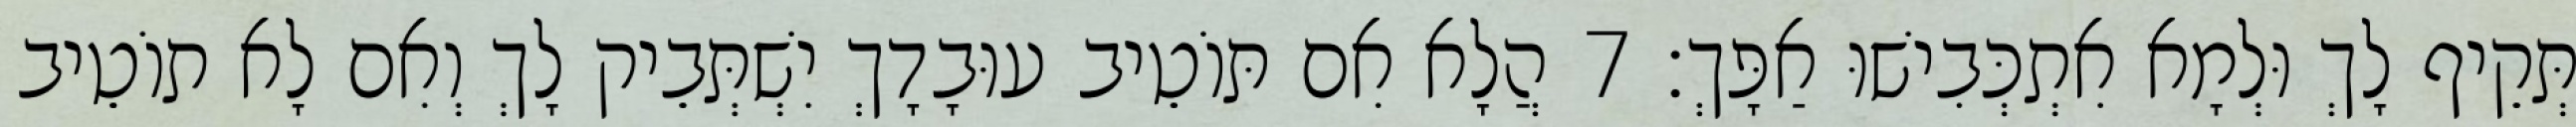
תְּקֵיף לָךְ וּלְמָא אִתְכְּבִישׁוּ אַפָּךְ׃ 7 הֲלָא אִם תּוֹטֵיב עוּבָדָךְ יִשְׁתְּבֵיק לָךְ וְאִם לָא תוֹטֵיב